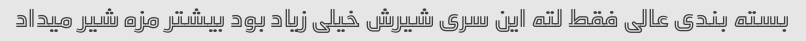
بسته بندی عالی فقط لته این سری شیرش خیلی زیاد بود بیشتر مزه شیر میداد